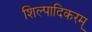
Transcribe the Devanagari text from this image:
शिल्पादिकरम्